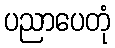
ပညာပေတုံ